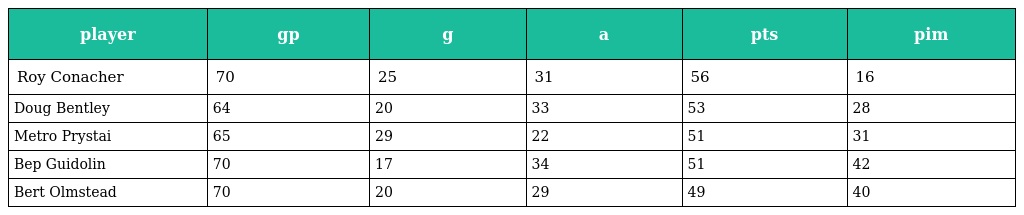
| player | gp | g | a | pts | pim |
 | --- | --- | --- | --- | --- | --- |
 | Roy Conacher | 70 | 25 | 31 | 56 | 16 |
 | Doug Bentley | 64 | 20 | 33 | 53 | 28 |
 | Metro Prystai | 65 | 29 | 22 | 51 | 31 |
 | Bep Guidolin | 70 | 17 | 34 | 51 | 42 |
 | Bert Olmstead | 70 | 20 | 29 | 49 | 40 |